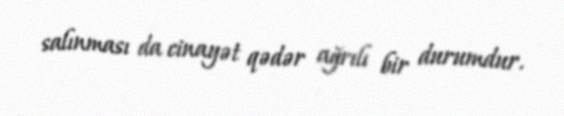
salınması da cinayət qədər ağrılı bir durumdur.